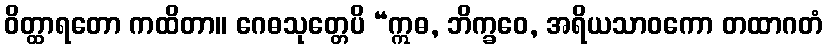
ဝိတ္ထာရတော ကထိတာ။ ဂေဓသုတ္တေပိ “ဣဓ, ဘိက္ခဝေ, အရိယသာဝကော တထာဂတံ